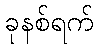
ခုနစ်ရက်